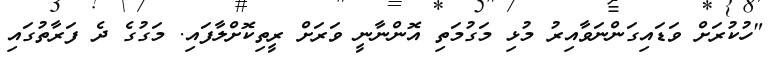
"ހުކުރަށް ވަޑައިގަންނަވާއިރު މުޅި މަގުމަތި އޮންނާނީ ވަރަށް ރީތިކޮށްލާފައި. މަގުގެ ދެ ފަރާތުގައި